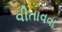
વીતાવવા